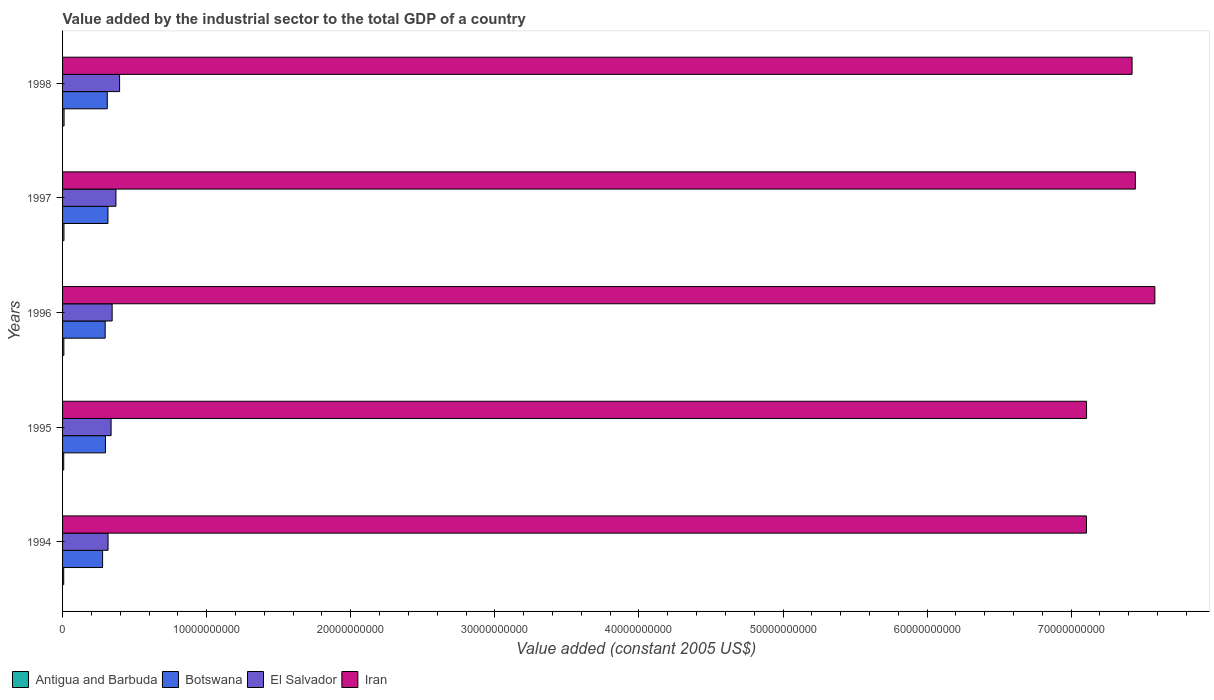
| Years | Antigua and Barbuda | Botswana | El Salvador | Iran |
 | --- | --- | --- | --- | --- |
 | 1994 | 7.94e+07 | 2.78e+09 | 3.16e+09 | 7.11e+10 |
 | 1995 | 8.1e+07 | 2.98e+09 | 3.37e+09 | 7.11e+10 |
 | 1996 | 8.97e+07 | 2.96e+09 | 3.44e+09 | 7.58e+10 |
 | 1997 | 9.61e+07 | 3.15e+09 | 3.7e+09 | 7.45e+10 |
 | 1998 | 1.04e+08 | 3.1e+09 | 3.96e+09 | 7.42e+10 |